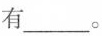
有____。